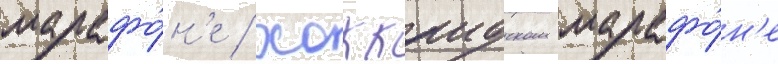
марафо́н'е / хоккаидском марафо́н'е